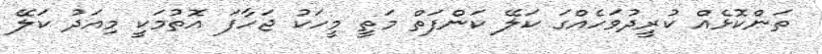
ތަންކޮޅެއް ކުރީދުވަހެއްގަ ކަލޭ ކަންފަތް މަތީ މީހަކު ޖަހާފަ އޮތުމަކީ މިއަދު ކަލޭ